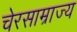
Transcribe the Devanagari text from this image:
चेरसाम्राज्य